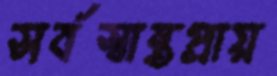
সর্বস্বান্তপ্রায়